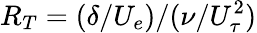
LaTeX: R_{T}=(\delta/U_{e})/(\nu/U_{\tau}^{2})